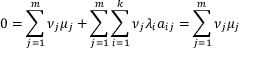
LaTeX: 0 = \sum _ { j = 1 } ^ { m } \nu _ { j } \mu _ { j } + \sum _ { j = 1 } ^ { m } \sum _ { i = 1 } ^ { k } \nu _ { j } \lambda _ { i } a _ { i j } = \sum _ { j = 1 } ^ { m } \nu _ { j } \mu _ { j }